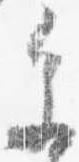
参